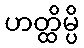
ဟတ္ထိမ္ပိ